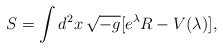
\begin{align*}S = \int d^2x\, \sqrt{-g} [e^\lambda R - V(\lambda) ],\end{align*}